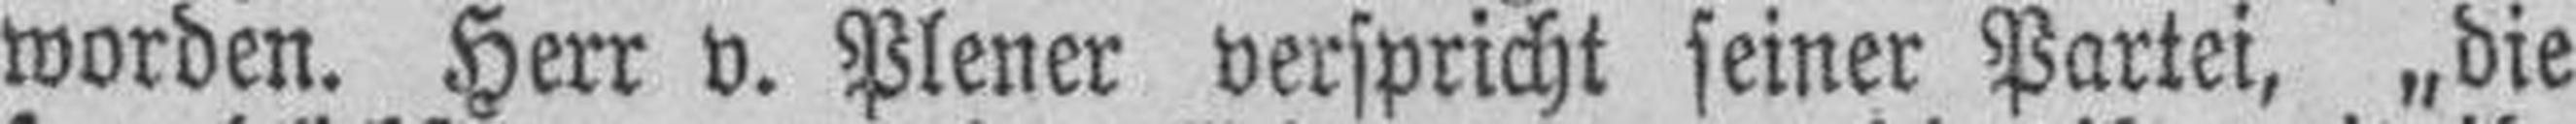
worden. Herr v. Plener verspricht seiner Partei, „die